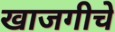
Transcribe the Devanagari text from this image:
खाजगीचे